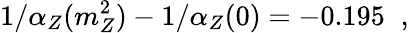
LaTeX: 1/\alpha_{Z}(m_{Z}^{2})-1/\alpha_{Z}(0)=-0.195\; \; ,